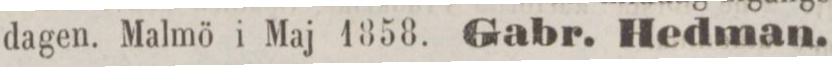
dagen. Malmö i Maj 1858. Gabr. Hedman.